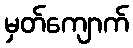
မှတ်ကျောက်